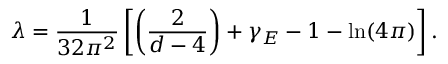
\lambda = { \frac { 1 } { 3 2 \pi ^ { 2 } } } \left[ \left( { \frac { 2 } { d - 4 } } \right) + \gamma _ { E } - 1 - \mathrm { l n } ( 4 \pi ) \right] .